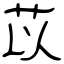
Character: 苡